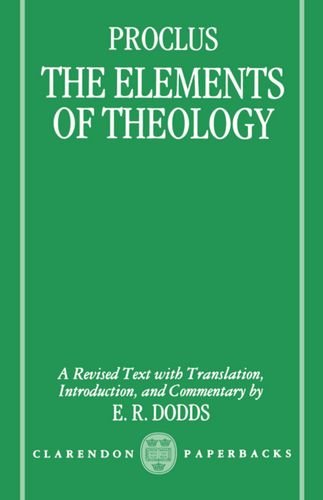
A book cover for The Elements of Theology: A Revised Text with Translation, Introduction, and Commentary (Clarendon Paperbacks); Proclus; Literature & Fiction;